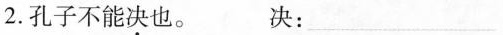
2.孔子不能决也。 决：___